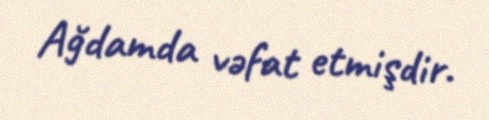
Ağdamda vəfat etmişdir.